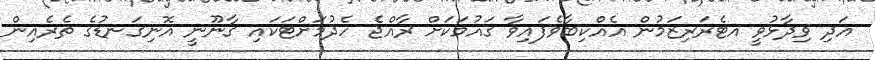
އަދި ވިދާޅުވީ އޓެރަރިޒަމުން އެއްކިބާވެފައިވާ ގައުމަކަށް ރާއްޖެ ހެދުމަށްޓަކައި ގާނޫނީ އޮނިގަނޑުގެ ތެރެއިން